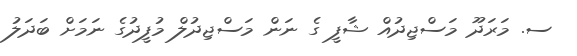
ސ. މަރަދޫ މަސްޖިދުއް ޝާފީ ގެ ނަން މަސްޖިދުލް މުފީދުގެ ނަމަށް ބަދަލު